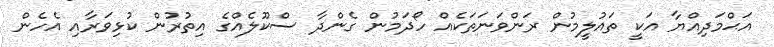
އަޙްމަދިއްޔާ އަކީ ތައުލީމުން ރަންވަނަތަކެއް ހޯދަމުން ގެންދާ ސްކޫލެއްގެ އިތުރުން ކުޅިވަރާއި އެހެން